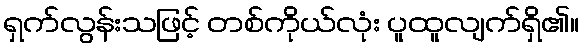
ရှက်လွန်းသဖြင့် တစ်ကိုယ်လုံး ပူထူလျက်ရှိ၏။